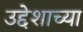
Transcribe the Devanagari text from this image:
उद्देशाच्या